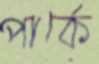
পার্কে